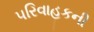
પરિવાહકની